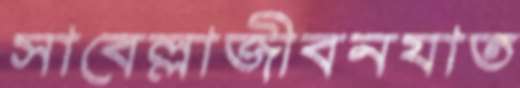
সাবেল্লাজীবনযাত